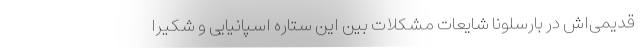
قدیمی‌اش در بارسلونا شایعات مشکلات بین این ستاره اسپانیایی و شکیرا